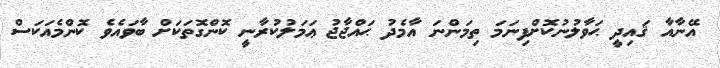
އޭނާއާ ޤައިދީ ޙަވާލުނުކޮށްފިނަމަ ތިމަންނަ އާމެދު ޙައްޖާޖު ޢަމަލުކުރާނީ ކޮންގޮތަކަށް ބާވައެވެ ކޮންމެއަކަސް